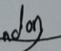
Signature authenticity: genuine